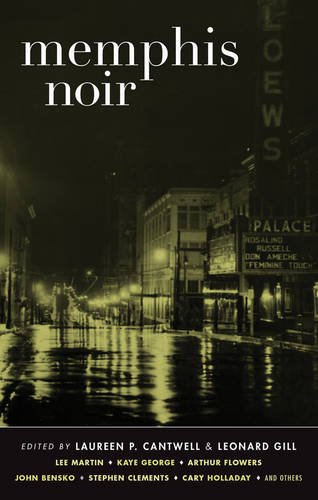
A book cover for Memphis Noir (Akashic Noir); Mystery, Thriller & Suspense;